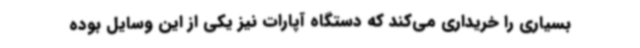
بسیاری را خریداری می‌کند که دستگاه آپارات نیز یکی از این وسایل بوده